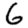
Digit: 6